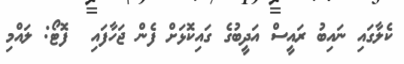
ކެލާގައި ނައިބު ރައީސް އަދީބުގެ ގައިކޮޅަށް ފެން ޖަހާފައި  ފޮޓޯ: ލައްމި